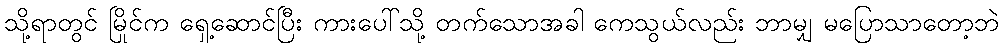
သို့ရာတွင် မြိုင်က ရှေ့ဆောင်ပြီး ကားပေါ်သို့ တက်သောအခါ ကေသွယ်လည်း ဘာမျှ မပြောသာတော့ဘဲ